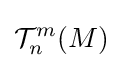
{\mathcal {T}}_{n}^{m}(M)